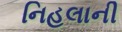
નિહલાની